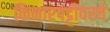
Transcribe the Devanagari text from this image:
किनारपट्टीवरचे